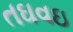
તઘવઇ